system: You are a helpful assistant.
user:
Analyze the provided spectrum to determine if it is a **White Dwarf (WD)**.

A White Dwarf spectrum is defined by its **extreme purity** (due to gravitational settling) and/or **extreme pressure broadening** (due to high surface gravity). You must check for one of the following mutually exclusive signatures:

- **Key Visual Indicators (Check for ONE of these types):**

    - **1. DA-Type Signature (Most Common):**
        - **(Primary Feature):** Extreme pressure broadening (Stark broadening) of the **Hydrogen (H) Balmer lines**.
        - **(Key Lines):** $H\beta$ (approx. $4861$ Å) and $H\gamma$ (approx. $4340$ Å). $H\alpha$ (approx. $6563$ Å) will also be present if the wavelength range covers it.
        - **(Line Profile):** This is the **defining feature**. The lines are **NOT** sharp. They appear as massive, **extremely broad and deep "troughs" or "dips"** in the spectrum, often hundreds of Ångströms wide. The continuum will appear to "scoop" down at these wavelengths.
        - **(Distinction):** Normal A-type or B-type stars have *narrow* and *sharp* Hydrogen lines. A DA White Dwarf's lines are unmistakably "smeared" or "blurry" from pressure.

    - **2. DB-Type Signature:**
        - **(Primary Feature):** Broad absorption lines from **Neutral Helium (He I)**. The spectrum must lack any visible Hydrogen lines.
        - **(Key Lines):** Look for broad absorption near $4471$ Å, $4921$ Å, and $5876$ Å.
        - **(Line Profile):** These lines are also significantly pressure-broadened, appearing much wider than they would in a normal B-type main-sequence star.

    - **3. DC-Type Signature:**
        - **(Primary Feature):** A **featureless continuous spectrum**.
        - **(Line Profile):** The spectrum is a smooth curve with **no significant absorption or emission lines**.
        - **(Key Confirmation):** The continuum is almost always **blue or white**, indicating a hot object. This signature implies the atmosphere is so pure (or so cool) that no spectral lines are visible in the optical range. Its WD identity is confirmed by its extremely low intrinsic brightness (high absolute magnitude).

    - **4. DZ-Type Signature (Metal-Polluted):**
        - **(Primary Feature):** **Isolated, narrow metal absorption lines** on an otherwise featureless (DC-like) continuum.
        - **(Key Lines):** The **Calcium (Ca II) H & K doublet** (approx. **$3934$ Å** and **$3968$ Å**) is the most common and defining feature.
        - **(Line Profile):** These lines are "out of place." They are *not* part of a "forest" of thousands of lines. This signature is evidence of recent *accretion* (pollution) from rocky debris.
        - **(Distinction):** Normal G/K/M stars have a *dense forest* of thousands of metal lines. A DZ has a *clean* continuum with *only a few* strong metal lines.

    - **5. DQ-Type Signature (Carbon-Polluted):**
        - **(Primary Feature):** Absorption bands from **Carbon (C₂ "Swan Bands" or atomic C I)**.
        - **(Key Lines - C₂):** Look for bandheads with a "saw-tooth" shape near $5635$ Å, **$5165$ Å** (strongest), and $4737$ Å.
        - **(Key Confirmation):** The underlying **continuum must be blue or white** (hot).
        - **(Distinction):** This is the critical difference from a **Carbon Star**, which has the *exact same* C₂ bands but on an extremely **red, cool** continuum.

- **(Overall Spectrum):**
    - The continuum (overall shape) is typically **blue-sloping** (brighter in the blue than the red), as most white dwarfs are very hot.
    - The spectrum will look "pure" or "simple," dominated by only *one* of the five signatures listed above.

Think first, call **spectral_visualization_tool** if needed to examine features in detail, then provide your final answer. Your response must adhere to the following strict rules:
1.  **Overall Structure:** Your response must follow the format `<think>...</think> <tool_call>...</tool_call> (if a tool is used) <answer>...</answer>`.
2.  **Tool Usage Constraint:** You may only make **one** tool call per turn.
3.  **Final Answer Format:** In the `<answer>` tag, your conclusion must be inside a `\boxed{}` command (e.g., `\boxed{YES}` or `\boxed{NO}`), followed by your justification.

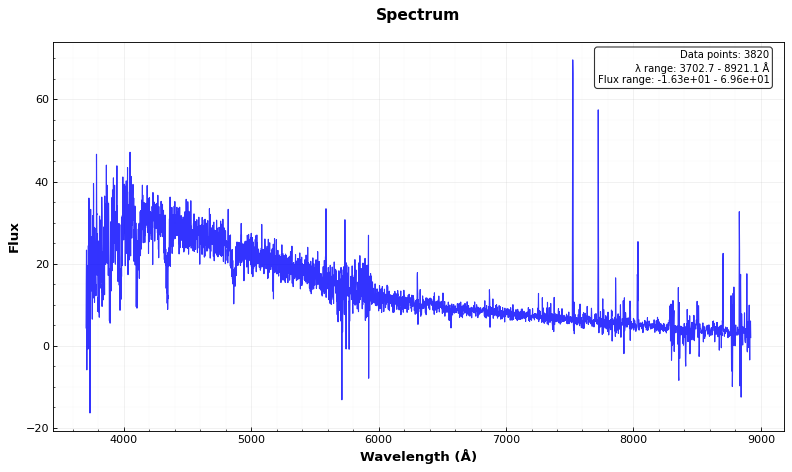
Answer: NO